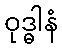
ဝုဒ္ဓါနံ